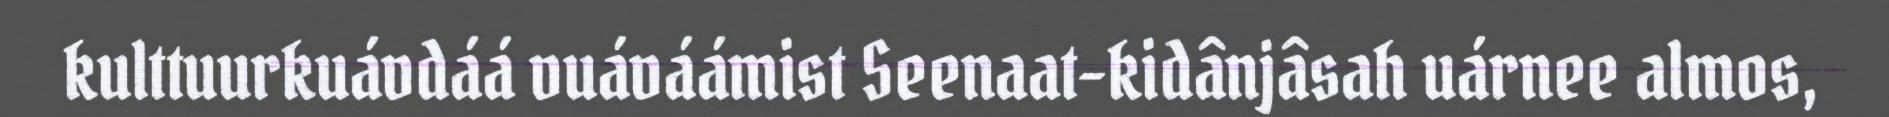
kulttuurkuávdáá vuáváámist Seenaat-kidânjâsah uárnee almos,